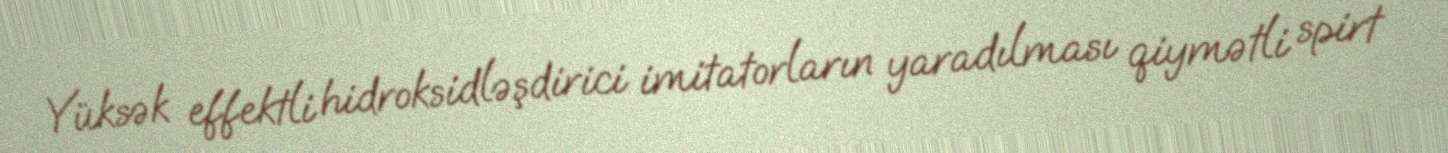
Yüksək effektli hidroksidləşdirici imitatorların yaradılması qiymətli spirt